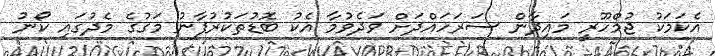
އެކަމަކު ޖުމްހޫރީ މައިދާން ސަރަހައްދަށް ވަދެވުމާ އެކު ބޮޑުތަކުރުފާނު މަގުގެ މެދުގައި ކޯނު